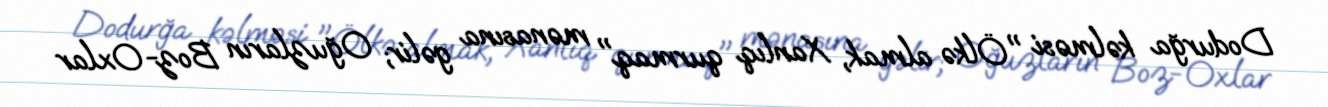
Dodurğa kəlməsi "Ölkə almak, Xanlıq qurmaq" mənasına gəlir; Oğuzların Boz-Oxlar